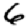
Digit: 6